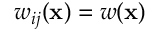
w _ { i j } ( \mathbf { x } ) = w ( \mathbf { x } )